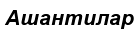
Ашантилар